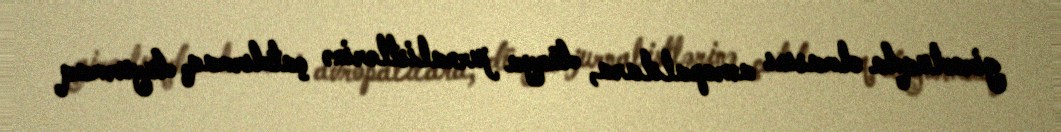
girovluqda olmasını avropalılara, dünya jurnalistlərinə çatdırmaq, duyurmaq